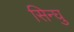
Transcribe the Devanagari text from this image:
सिन्घु